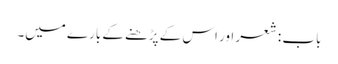
باب : شعر اور اس کے پڑھنے کے بارے میں۔